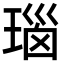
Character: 瑙